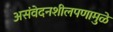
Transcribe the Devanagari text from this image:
असंवेदनशीलपणामुळे